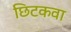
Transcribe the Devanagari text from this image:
छिटकवा